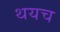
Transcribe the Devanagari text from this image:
थयच